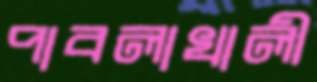
পাবলাখালী